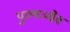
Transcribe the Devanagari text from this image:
पुरुषञ्चैव